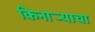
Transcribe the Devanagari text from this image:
किनार्‍याचा